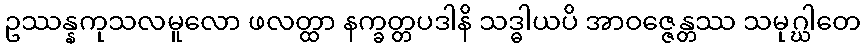
ဥဿန္နကုသလမူလော ဖလတ္ထာ နက္ခတ္တပဒါနိ သဒ္ဓါယပိ အာဝဇ္ဇေန္တဿ သမုဂ္ဃါတေ